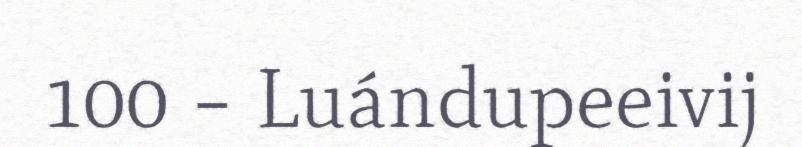
100 – Luándupeeivij